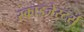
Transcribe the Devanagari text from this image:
स्काइजेस्टर्स